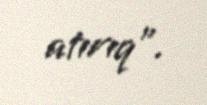
atırıq".